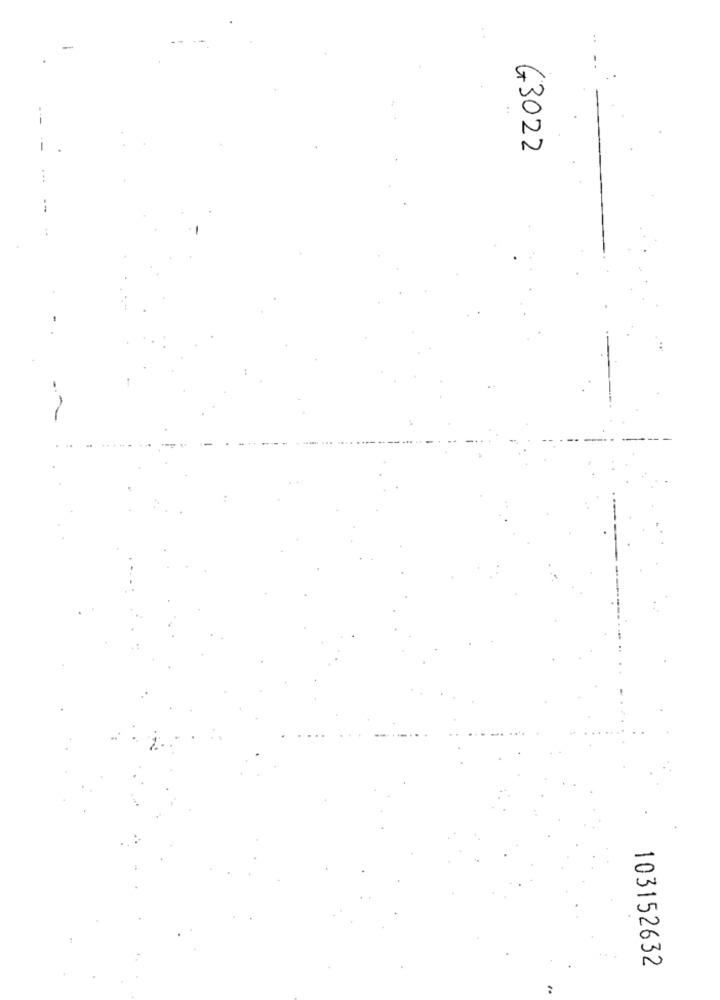
G3022
103152632